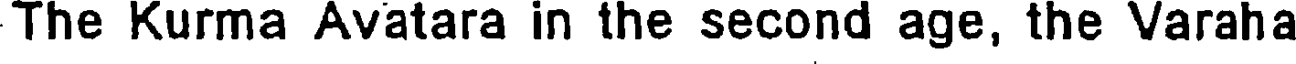
The Kurma Avatara in the second age, the Varaha